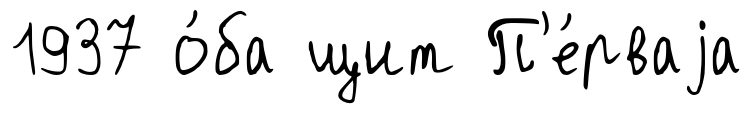
1937 о́ба щит П'е́рваjа